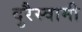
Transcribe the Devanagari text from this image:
दुरैस्वामी